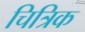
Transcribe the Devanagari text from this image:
चित्रिक